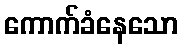
ကောက်ခံနေသော